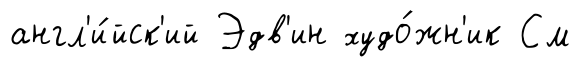
англ'и́йск'ий Эдв'ин худо́жн'ик См